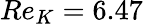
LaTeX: Re_{K}=6.47